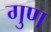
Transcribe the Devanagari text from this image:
गुण